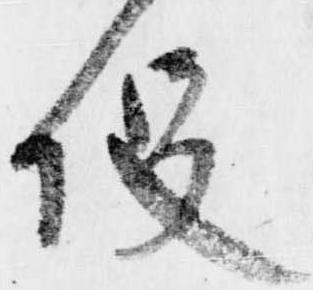
役